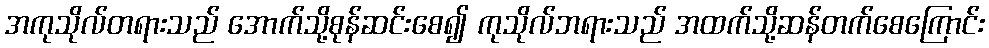
အကုသိုလ်တရားသည် အောက်သို့စုန်ဆင်းစေ၍ ကုသိုလ်ဘရားသည် အထက်သို့ဆန်တက်စေကြောင်း